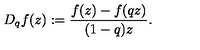
D _ { q } f ( z ) : = \frac { f ( z ) - f ( q z ) } { ( 1 - q ) z } .